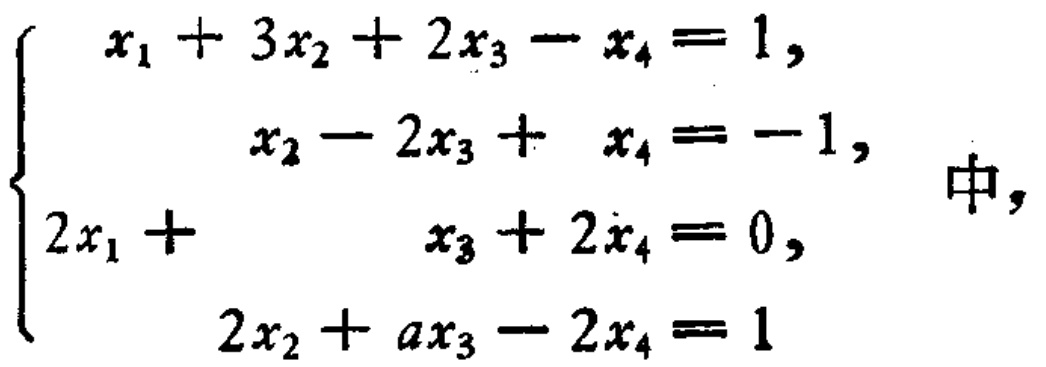
\[
\begin{cases}
x_1 + 3x_2 + 2x_3 - x_4 = 1, \\
x_2 - 2x_3 + x_4 = -1, \\
2x_1 + x_3 + 2x_4 = 0, \\
2x_2 + ax_3 - 2x_4 = 1
\end{cases}
\]